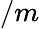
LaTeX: /m